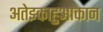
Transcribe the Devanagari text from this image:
अतेझ्काहुआकान